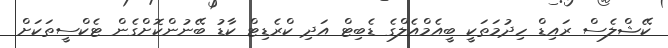
ކޭޝްލެސް ރައިޑް ހިދުމަތަކީ ބީއެމްއެލްގެ ޑެބިޓް އަދި ކްރެޑިޓް ކާޑު ބޭނުންކޮށްގެން ޓެކްސީތަކަށް